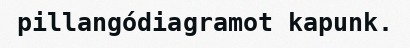
pillangódiagramot kapunk.